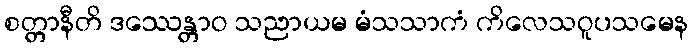
စတ္တာနီတိ ဒဿေန္တာဝ သညာယမ မံသသာကံ ကိလေသဝူပသမေန